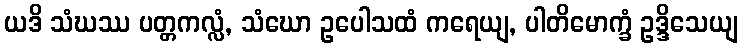
ယဒိ သံဃဿ ပတ္တကလ္လံ, သံဃော ဥပေါသထံ ကရေယျ, ပါတိမောက္ခံ ဥဒ္ဒိသေယျ